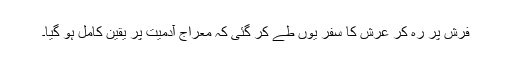
فرش پر رہ کر عرش کا سفر یوں طے کر گئی کہ معراجِ آدمیّت پر یقینِ کامل ہو گیا۔